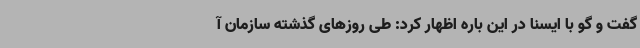
گفت و گو با ایسنا در این باره اظهار کرد: طی روزهای گذشته سازمان آ